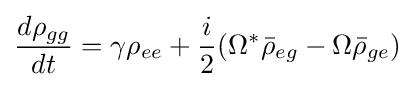
{\frac {d\rho _{gg}}{dt}}=\gamma \rho _{ee}+{\frac {i}{2}}(\Omega ^{*}{\bar {\rho }}_{eg}-\Omega {\bar {\rho }}_{ge})